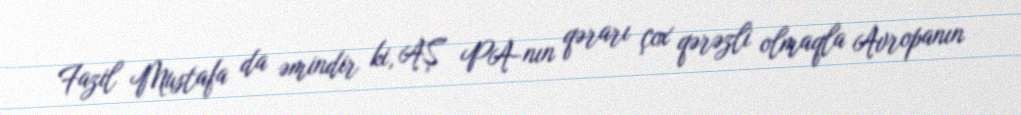
Fazil Mustafa da əmindir ki, AŞ PA-nın qərarı çox qərəzli olmaqla Avropanın